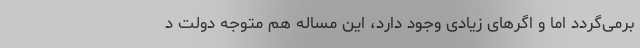
برمی‌گردد اما و اگرهای زیادی وجود دارد، این مساله هم متوجه دولت د